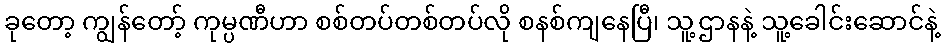
ခုတော့ ကျွန်တော့် ကုမ္ပဏီဟာ စစ်တပ်တစ်တပ်လို စနစ်ကျနေပြီ၊ သူ့ဌာနနဲ့ သူ့ခေါင်းဆောင်နဲ့